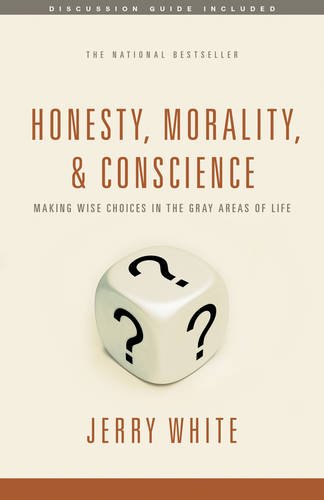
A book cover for Honesty, Morality, and Conscience: Making Wise Choices in the Gray Areas of Life; Jerry White; Religion & Spirituality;